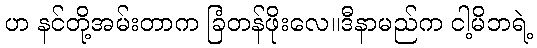
ဟ နင်တို့အမ်းတာက ခြံတန်ဖိုးလေ။ဒီနာမည်က ငါ့မိဘရဲ့